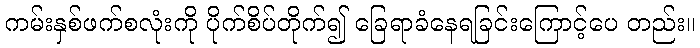
ကမ်းနှစ်ဖက်စလုံးကို ပိုက်စိပ်တိုက်၍ ခြေရာခံနေရခြင်းကြောင့်ပေ တည်း။